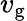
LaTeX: v_{\mathrm{g}}